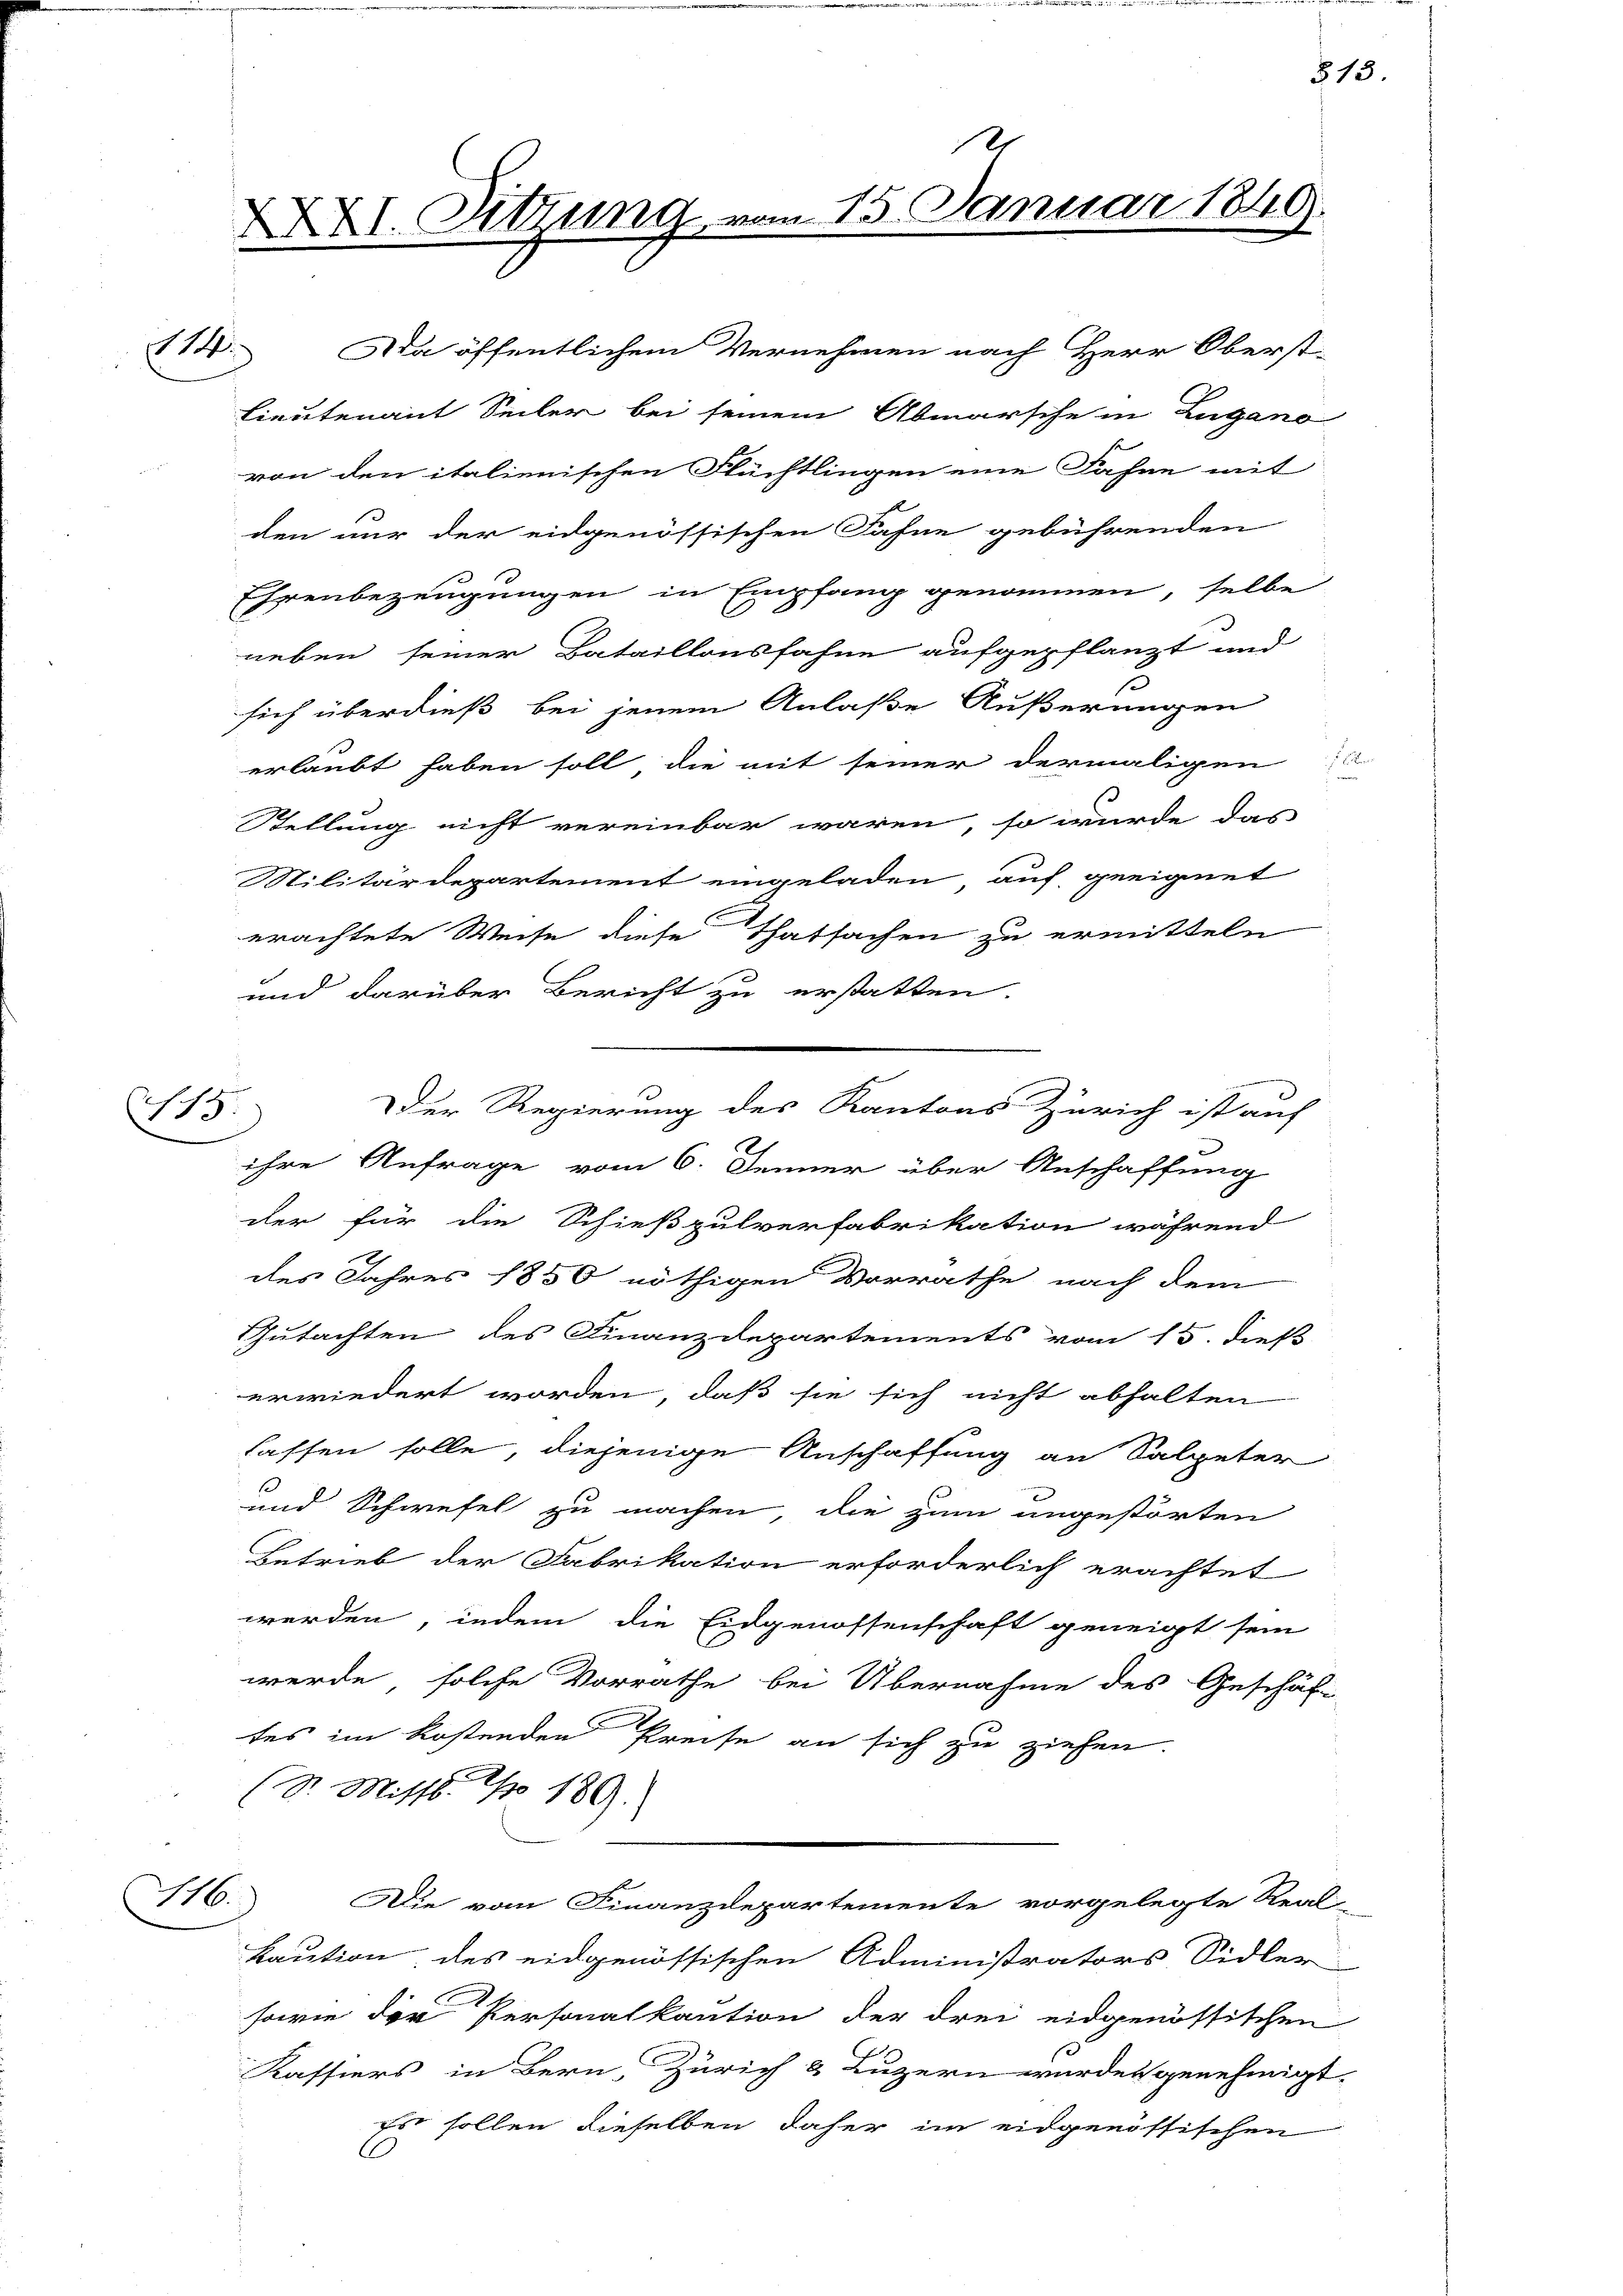
15. |

M

XXXI. Sitzung

114. Da öffentlichem Vernehmen nach Herr Oberst-
Lieutenant Seiler bei seinem Abmarsche in Zugano
von den italienischen Flüchtlingen eine Fahne mit
den nur der eidgenössischen Fahne gebührenden
Ehrenbezeugungen in Empfang genommen, selbe
neben seiner Bataillonsfahne aufgepflanzt und
sich überdieß bei jenem Anlaße Äußerungen
erlaubt haben soll die mit seiner dermaligen
Stellung nicht vereinbar waren, so wurde das
Militärdepartement eingeladen auf geeignet
erachtete Weise diese Thatsachen zu ermitteln
und darüber Bericht zu erstatten.
ihre Anfrage vom 6. Jenner über Anschaffung
der für die Schießpulverfabrikation während
des Jahres 1850 nöthigen Vorrathe nach dem
Gutachten des Finanzdepartements vom 15. dieß
erwiedert worden, daß sie sich nicht abhalten
lassen solle, diejenige Anschaffung an Salpeter
1
und Schwefel zu machen die zum angestörten
Betrieb der Fabrikation erforderlich erachtet
werden, indem die Eidgenossenschaft geneigt sein
werde, solche Vorrathe bei Übernahme des Geschäft
tes im kostenden Preise an sich zu ziehen.
(S. Misst. pro 189.
6
Die vom Finanzdepartemente vorgelegte Real-
Kaution des eidgenössischen Administrators Sidler
sowie der Personalkaution der drei eidgenössischen
Kassiers in Bern, Zürich & Luzern wurden genehmigt.
z sollen dieselben daher im eidgenössischen

1
15. Januar 184

Der Regierung des Kantons Zürich ist auf

313.